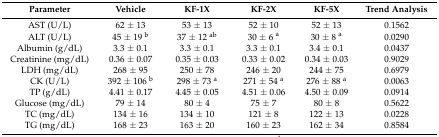
| Parameter | Vehicle | KF-1X | KF-2X | KF-5X | Trend Analysis |
 | --- | --- | --- | --- | --- | --- |
 | AST (U/L) | 62 ± 13 | 53 ± 13 | 52 ± 10 | 52 ± 13 | 0.1562 |
 | ALT (U/L) | 45 ± 19 b | 37 ± 12 ab | 30 ± 6 a | 30 ± 8 a | 0.0290 |
 | Albumin (g/dL) | 3.3 ± 0.1 | 3.3 ± 0.1 | 3.3 ± 0.1 | 3.4 ± 0.1 | 0.0437 |
 | Creatinine (mg/dL) | 0.36 ± 0.07 | 0.35 ± 0.03 | 0.33 ± 0.02 | 0.34 ± 0.03 | 0.9029 |
 | LDH (mg/dL) | 268 ± 95 | 250 ± 78 | 246 ± 20 | 244 ± 75 | 0.6979 |
 | CK (U/L) | 392 ± 106 b | 298 ± 73 a | 271 ± 54 a | 276 ± 88 a | 0.0063 |
 | TP (g/dL) | 4.41 ± 0.17 | 4.45 ± 0.05 | 4.51 ± 0.06 | 4.50 ± 0.09 | 0.0914 |
 | Glucose (mg/dL) | 79 ± 14 | 80 ± 4 | 75 ± 7 | 80 ± 8 | 0.5622 |
 | TC (mg/dL) | 134 ± 16 | 134 ± 10 | 121 ± 8 | 122 ± 13 | 0.0228 |
 | TG (mg/dL) | 168 ± 23 | 163 ± 20 | 160 ± 23 | 162 ± 34 | 0.8584 |